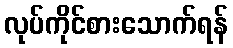
လုပ်ကိုင်စားသောက်ရန်